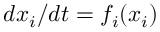
{ d x _ { i } } / { d t } = f _ { i } ( x _ { i } )